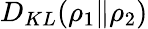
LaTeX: D_{KL}(\rho_{1}\| \rho_{2})